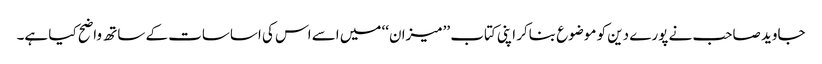
جاوید صاحب نے پورے دین کو موضوع بناکر اپنی کتاب ’’میزان‘‘ میں اسے اس کی اساسات کے ساتھ واضح کیا ہے۔